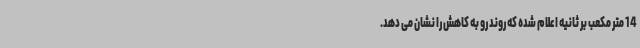
14 متر مکعب بر ثانیه اعلام شده که روند رو به کاهش را نشان می دهد.